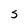
Character: S